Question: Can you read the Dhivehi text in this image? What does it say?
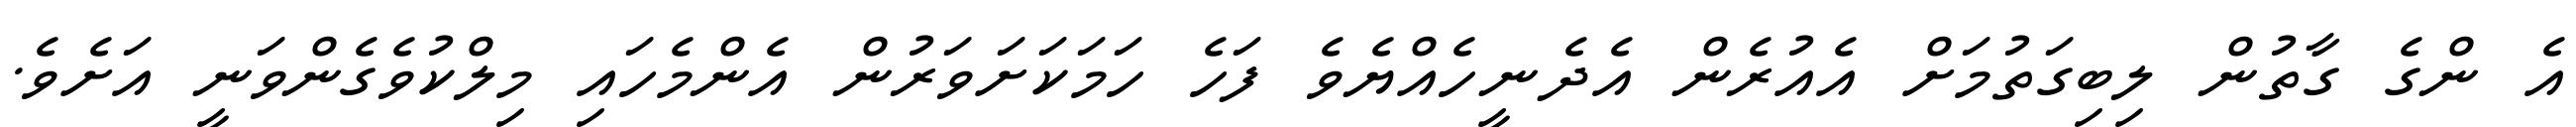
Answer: އެ ންގެ ގާތުން ލިބިގަތުމަށް އެއުރެން އެދެނީހެއްޔެވެ ފަހެ ހަމަކަށަވަރުން އެންމެހައި މިލްކުވެގެންވަނީ އަށެވެ.